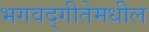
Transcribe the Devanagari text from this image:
भगवद्‍गीतेमधील